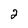
Character: 2